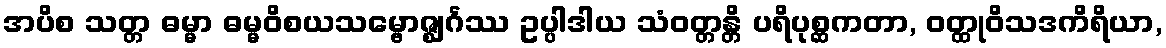
အပိစ သတ္တ ဓမ္မာ ဓမ္မဝိစယသမ္ဗောဇ္ဈင်္ဂဿ ဥပ္ပါဒါယ သံဝတ္တန္တိ ပရိပုစ္ဆကတာ, ဝတ္ထုဝိသဒကိရိယာ,